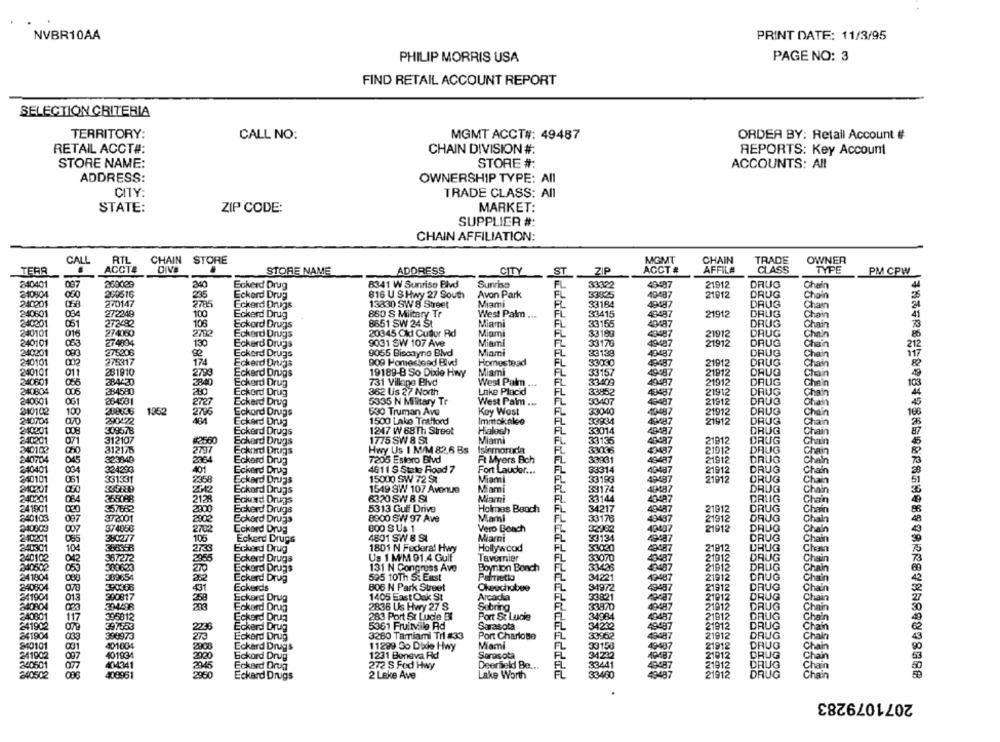
NVBR10AA
PRINT DATE: 11/3/95
PHILIP MORRIS USA
PAGE NO: 3
FIND RETAIL ACCOUNT REPORT
SELECTION CRITERIA
TERRITORY:
CALL NO:
MGMT ACCT#: 49487
ORDER BY: Retail Account #
RETAIL ACCT#:
CHAIN DIVISION #:
REPORTS: Key Account
STORE NAME:
STORE #:
ACCOUNTS: All
ADDRESS:
OWNERSHIP TYPE: All
CITY:
TRADE CLASS: All
MARKET:
STATE:
ZIP CODE:
SUPPLIER #:
CHAIN AFFILIATION:
RTL
CHAIN STORE
MGMT
CHAIN
TRADE
OWNER
CALL
ACCTA
DIva
AFFILA
TERR
STORE NAME
ADDRESS
CITY
ST
ZIP
ACCT #
CLASS
TYPE
PM CPW
240401
289029
Sunrise
DRUG
097
Eckerd Drug
8341 W Sunrise Blvd
33322
40487
21912
Chain
240804
200516
225
Eckard Drug
816 U S Hwy 27 South
Avon Park
EL
33835
40487
21012
DRUG
toin
240201
058
270147
2785
Eckerd Drugs
13830 SW 8 Sheet
Miami
EL
33184
49487
DRUG
Chain
FL
240601
084
272249
100
Eckerd Drug
860 S Military Tr
West Palm ...
33415
43487
21912
DRUG
240201
051
272482
106
Eckard Drugs
8651 SW 24 St
Miami
33155
40487
DRUG
Chain
240101
016
274060
2702
Eckard Drugs
20345 Cldi CuBlur Rd
Miami
EL
33199
43487
21912
DRUG
Chain
240101
274804
130
Miami
FL
33176
21912
DRUG
053
Eckerd Drugs
9031 SW 107 Ave
49487
Chain
240201
275206
Eckerd Drugs
9055 Biscayne Blvd
Miami
FL
33138
40487
DRUG
Chain
240101
275317
174
Eckerd Drugs
909 Homestead Blvd
Homestead
FL
33030
43487
21912
DRUG
Chain
240101
011
231910
2793
Eckard Drugs
Miami
FL
33157
40987
21912
DRUG
19189-B So Dixie Hwy
Chain
340601
284420
3840
Eckerd Drug
731 Village Blvd
West Palm ...
33409
49487
21912
DRUG
Chain
240804
006
284580
200
Eckord Drug
362 Us 27 North
Lake Placid
FL
33852
49487
21912
DRUG
Chain
240601
204581
2727
West Palm ...
FL
33407
49487
21912
DRUG
Eckard Drug
5335 N Military Tr
Chain
240102
100
288136
1362
2796
Eckard Drugs
530 Truman Ave
Key West
FL
33040
40-487
21912
DRUG
Chain
240704
290422
Eckard Drug
1500 Lake Trafford
Immokalee
FL
33934
19487
21912
DRUG
Chain
210201
309578
Eckard Drugs
1247 W 68Th Street
Hialoch
EL
33014
49487
DRUG
Chain
240201
071
312107
$2560
Eckerd Drugs
1775 SW 8 ST
Miami
FL
33135
40987
21912
DRUG
Chain
340102
312175
2797
Eckard Drugs
Hwy Us I M/M 82,6 Bs
FL
33066
$3497
21912
DRUG
Chain
240704
045
323840
2364
Eckerd Drug
7205 Estero Blvd
Ft Myers Boh
FL
33931
49487
21912
DRUG
Chain
240401
324293
401
FL
33314
DRUG
00
Eckard Drug
4611 S State Road 7
Fort Lauder ...
40-487
21912
Chain
240101
051
331331
2358
Eckard Drugs
15000 SW 72 SZ
Miami
EL
33183
49-497
21912
DRUG
Chain
240201
2012
Eckard Drugs
1549 SW 107 Avenue
Miami
33174
AIM87
DRUG
Chain
240201
355088
2128
6320 SW 8 S
Miami
33144
40497
Eckard Drugs
241901
030
357662
2000
Eckerd Drugs
5313 Gul Drive
Holmes Beach
FL
34217
48487
21912
840103
097
372001
2902
Eckard Drugs
8900 SW 97 Ave
Miami
FL
33178
49497
21912
240003
374856
2702
800 S Us 1
FL
32982
43497
Eckard Drug
Vero Beach
21912
240201
380277
105
Eckerd Drugs
4801 SW 8 SI
Miami
33134
340301
104
388358
2733
Eckerd Drug
1801 N Federal Hwy
Hollywood
FL
33020
21912
387272
Tavernier
FL
20487
240102
Eckerd Drugs
Us 1 M/M 91.4 Gulf
21912
240502
270
Eckard Drugs
131 N Congruss Avo
Boynton Bonch
FL
40407
21912
241804
Eckard Drug
595 10Th St East
Pametia
34221
49487
21912
240804
390308
Eckerds
808 N Park Street
Okeechobee
49487
21912
431
341904
013
390817
Eckard Drug
1405 East Oak St
Arcadia
EL
40037
21912
840804
33446
Eckard Drug
2836 Us Hwy 27 S
Sobring
33970
49487
21912
40801
395812
Port St Lucie
FL
34984
49497
21912
241902
117
Eckard Drug
283 Port St Lucie Bl
079
397553
2236
Eckard Drug
5361 Fruitvale Rd
Sarasota
34242
49487
21912
341904
396973
273
Eckerd Drug
3260 Tamiami Trl #33
Port Charlotte
FL
33952
21912
810101
401004
2008
Eckard Drugs
11299 Go Dixie Hwy
Mami
FL
33156
49-487
21912
241902
EL
34222
21012
2000
Eckord Drug
1231 Boneva Rd
Sarasota
340501
2045
Eckard Drug
272 S Fod Hwy
Deerseld Be ...
33441
1912
340502
086
408961
Eckard Drugs
2 Leke Ave
Lake Worth
33460
49487
21912
2071079283